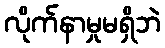
လိုက်နာမှုမရှိဘဲ